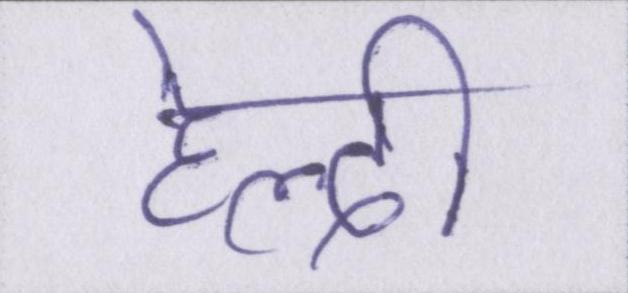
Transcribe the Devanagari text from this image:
हेल्दी